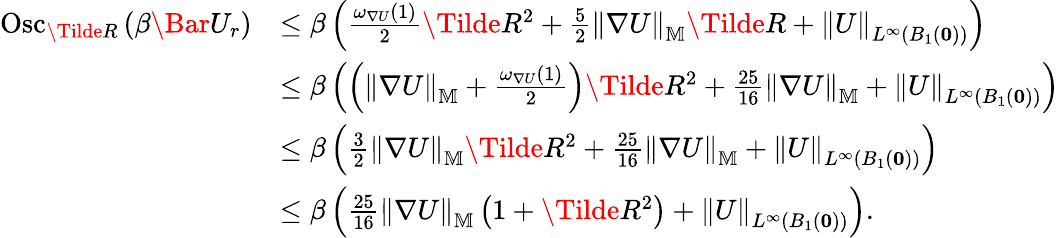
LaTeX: \begin{array}{rl}{\mathrm{Osc}_{\Tilde{R}}\left(\beta\Bar{U}_{r}\right)}&{\le\beta\left(\frac{\omega_{\nabla U}(1)}{2}\Tilde{R}^{2}+\frac{5}{2}\left\| \nabla U\right\| _{\mathbb{M}}\Tilde{R}+\left\| U\right\| _{L^{\infty}(B_{1}(\mathbf{0}))}\right)}\\ &{\le\beta\left(\left(\left\| \nabla U\right\| _{\mathbb{M}}+\frac{\omega_{\nabla U}(1)}{2}\right)\Tilde{R}^{2}+\frac{25}{16}\left\| \nabla U\right\| _{\mathbb{M}}+\left\| U\right\| _{L^{\infty}(B_{1}(\mathbf{0}))}\right)}\\ &{\le\beta\left(\frac{3}{2}\left\| \nabla U\right\| _{\mathbb{M}}\Tilde{R}^{2}+\frac{25}{16}\left\| \nabla U\right\| _{\mathbb{M}}+\left\| U\right\| _{L^{\infty}(B_{1}(\mathbf{0}))}\right)}\\ &{\le\beta\left(\frac{25}{16}\left\| \nabla U\right\| _{\mathbb{M}}\left(1+\Tilde{R}^{2}\right)+\left\| U\right\| _{L^{\infty}(B_{1}(\mathbf{0}))}\right).}\end{array}